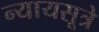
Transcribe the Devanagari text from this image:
न्यायसूत्रे